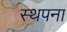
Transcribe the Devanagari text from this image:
स्‍थपना